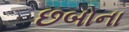
છબોના